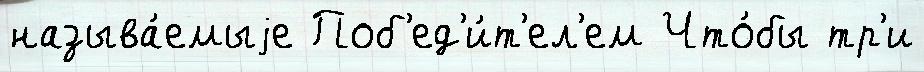
называ́емыjе Поб'ед'и́т'ел'ем Что́бы тр'и